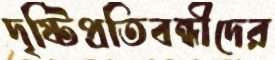
দৃষ্টিপ্রতিবন্ধীদের